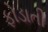
ફોડાતી